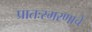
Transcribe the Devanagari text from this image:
प्रातःस्मरणाचे